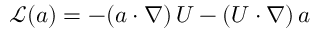
\boldsymbol { \mathcal { L } } ( \boldsymbol { a } ) = - ( \boldsymbol { a } \boldsymbol { \cdot } \nabla ) \, \boldsymbol { U } - ( \boldsymbol { U } \boldsymbol { \cdot } \nabla ) \, \boldsymbol { a }